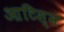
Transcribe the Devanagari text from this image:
आटिस्म